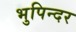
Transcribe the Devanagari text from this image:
भुपिन्दर